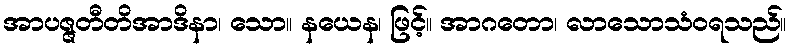
အာပဇ္ဇတီတိအာဒိနာ၊ သော။ နယေန၊ ဖြင့်။ အာဂတော၊ လာသောသံဝရသည်။